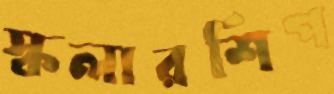
স্কলারশিপ